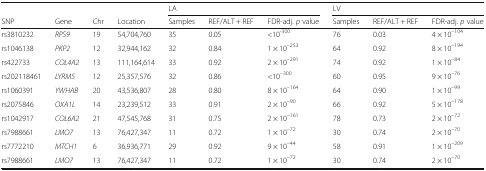
|  |  |  |  | <COLSPAN=3> LA | <COLSPAN=3> LV |
 | SNP | Gene | Chr | Location | Samples | REF/ALT + REF | FDR-adj. p value | Samples | REF/ALT + REF | FDR-adj. p value |
 | --- | --- | --- | --- | --- | --- | --- | --- | --- | --- |
 | rs3810232 | RPS9 | 19 | 54,704,760 | 35 | 0.05 | <10-300 | 76 | 0.03 | 4 × 10–104 |
 | rs1046138 | PKP2 | 12 | 32,944,162 | 32 | 0.84 | 1 × 10–253 | 64 | 0.92 | 8 × 10–194 |
 | rs422733 | COL4A2 | 13 | 111,164,614 | 33 | 0.92 | 2 × 10–291 | 74 | 0.92 | 1 × 10–84 |
 | rs202118461 | LYRM5 | 12 | 25,357,576 | 32 | 0.86 | <10–300 | 60 | 0.95 | 9 × 10–76 |
 | rs1060391 | YWHAB | 20 | 43,536,807 | 28 | 0.80 | 8 × 10–164 | 64 | 0.90 | 1 × 10–99 |
 | rs2075846 | OXA1L | 14 | 23,239,512 | 33 | 0.91 | 2 × 10–90 | 66 | 0.92 | 5 × 10–178 |
 | rs1042917 | COL6A2 | 21 | 47,545,768 | 31 | 0.75 | 2 × 10–161 | 78 | 0.73 | 2 × 10–72 |
 | rs7988661 | LMO7 | 13 | 76,427,347 | 11 | 0.72 | 1 × 10–72 | 30 | 0.74 | 2 × 10–70 |
 | rs7772210 | MTCH1 | 6 | 36,936,771 | 29 | 0.92 | 9 × 10–44 | 58 | 0.91 | 1 × 10–209 |
 | rs7988661 | LMO7 | 13 | 76,427,347 | 11 | 0.72 | 1 × 10–72 | 30 | 0.74 | 2 × 10–70 |